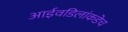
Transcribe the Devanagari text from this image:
आईवडिलांकडेच